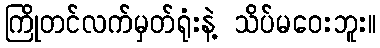
ကြိုတင်လက်မှတ်ရုံးနဲ့ သိပ်မဝေးဘူး။